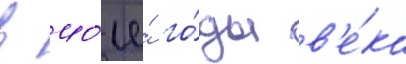
в 40-е́ го́ды в'е́ка